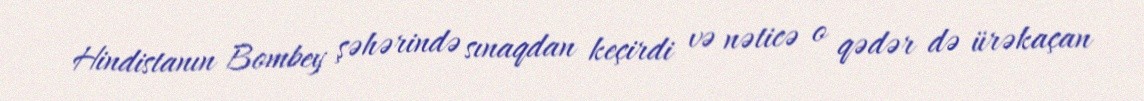
Hindistanın Bombey şəhərində sınaqdan keçirdi və nəticə o qədər də ürəkaçan